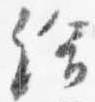
給